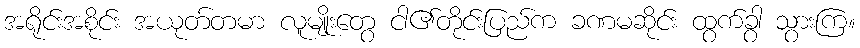
အရိုင်းအစိုင်း အယုတ်တမာ လူမျိုးတွေ ငါ၏တိုင်းပြည်က ခဏမဆိုင်း ထွက်ခွာ သွားကြ။